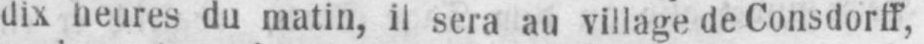
dix heures du matin, il sera au village de Consdorff,